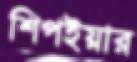
শিপইয়ার